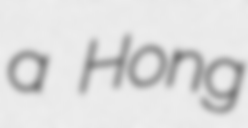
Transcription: a Hong